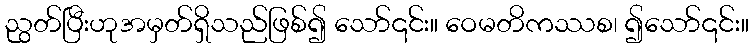
ညွတ်ပြီးဟုအမှတ်ရှိသည်ဖြစ်၍ သော်၎င်း။ ဝေမတိကဿစ၊ ၍သော်၎င်း။